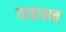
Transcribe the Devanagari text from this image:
याद्दाशत